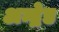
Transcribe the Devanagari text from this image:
अन्द्रेड